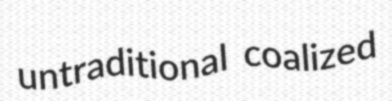
untraditional coalized